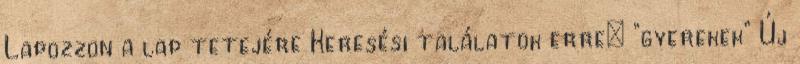
Lapozzon a lap tetejére Keresési találatok erre: "gyerekek" Új